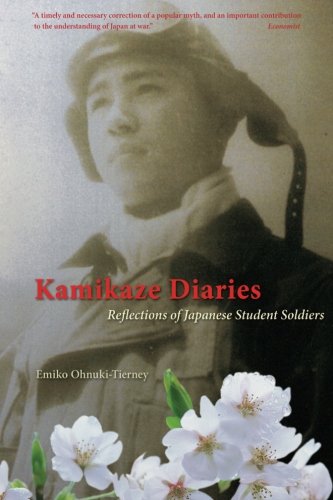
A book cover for Kamikaze Diaries: Reflections of Japanese Student Soldiers; Emiko Ohnuki-Tierney; Biographies & Memoirs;